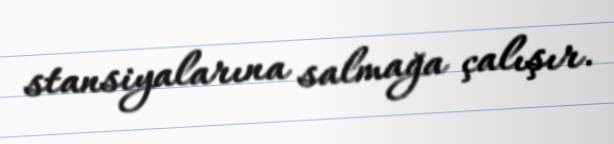
stansiyalarına salmağa çalışır.